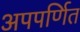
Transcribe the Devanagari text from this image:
अपपर्णित